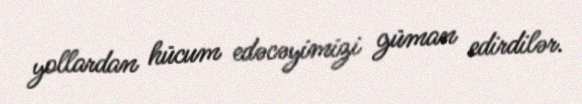
yollardan hücum edəcəyimizi güman edirdilər.